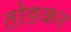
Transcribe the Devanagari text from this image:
तोङकर